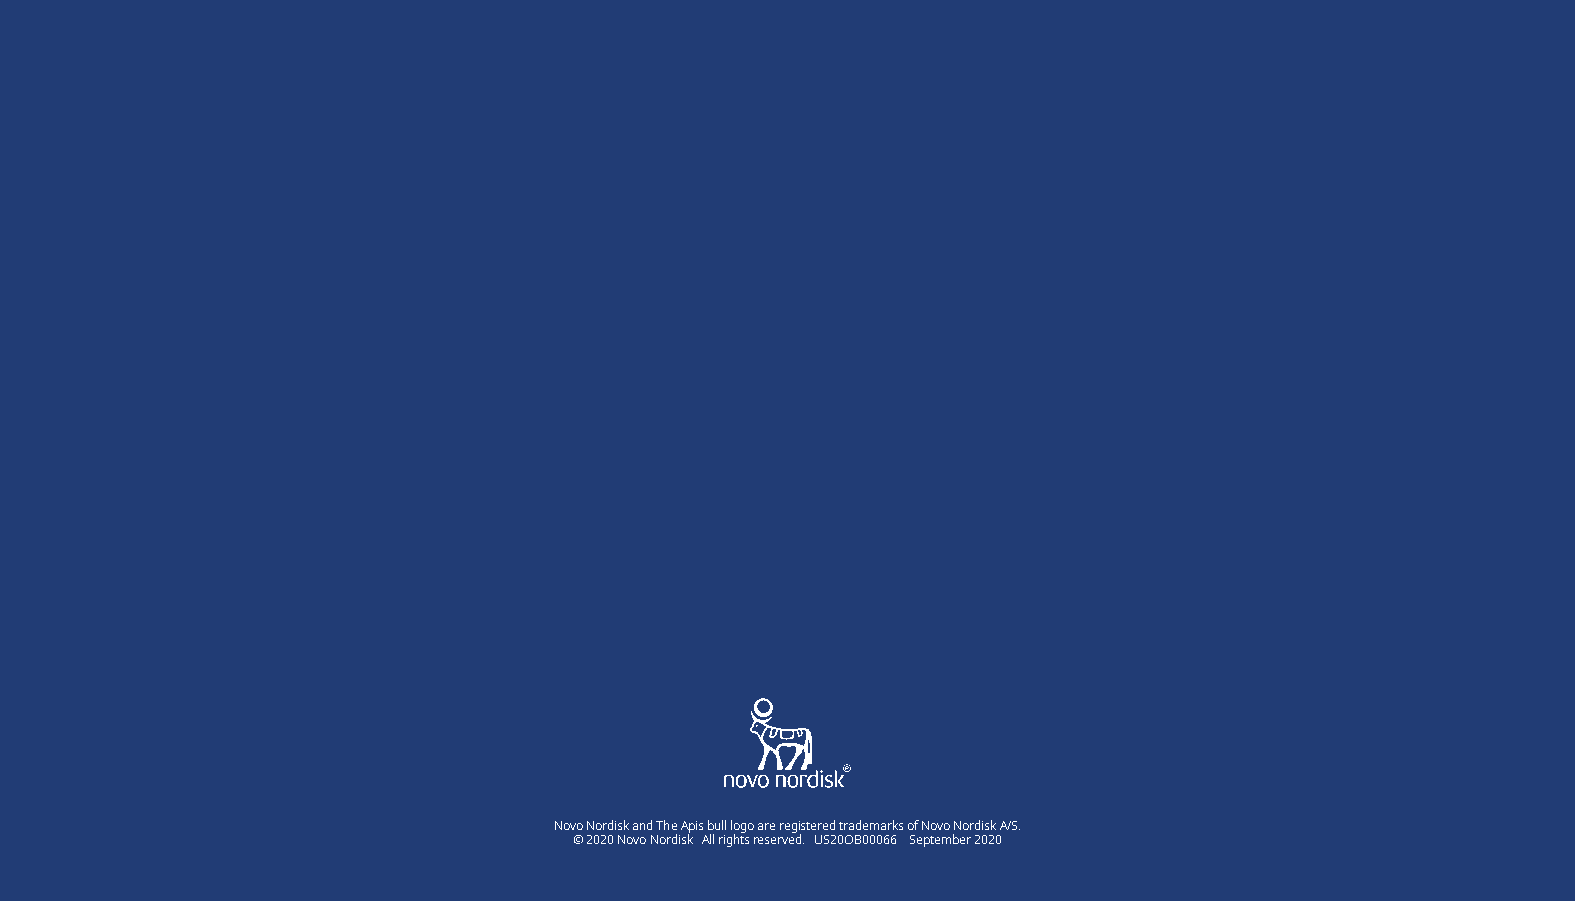
Novo Nordisk and The Apis bull logo are registered trademarks of Novo Nordisk A/S.
 © 2020 Novo Nordisk All rights reserved. US20OB00066 September 2020